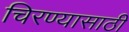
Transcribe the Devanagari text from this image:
चिरण्यासाठी